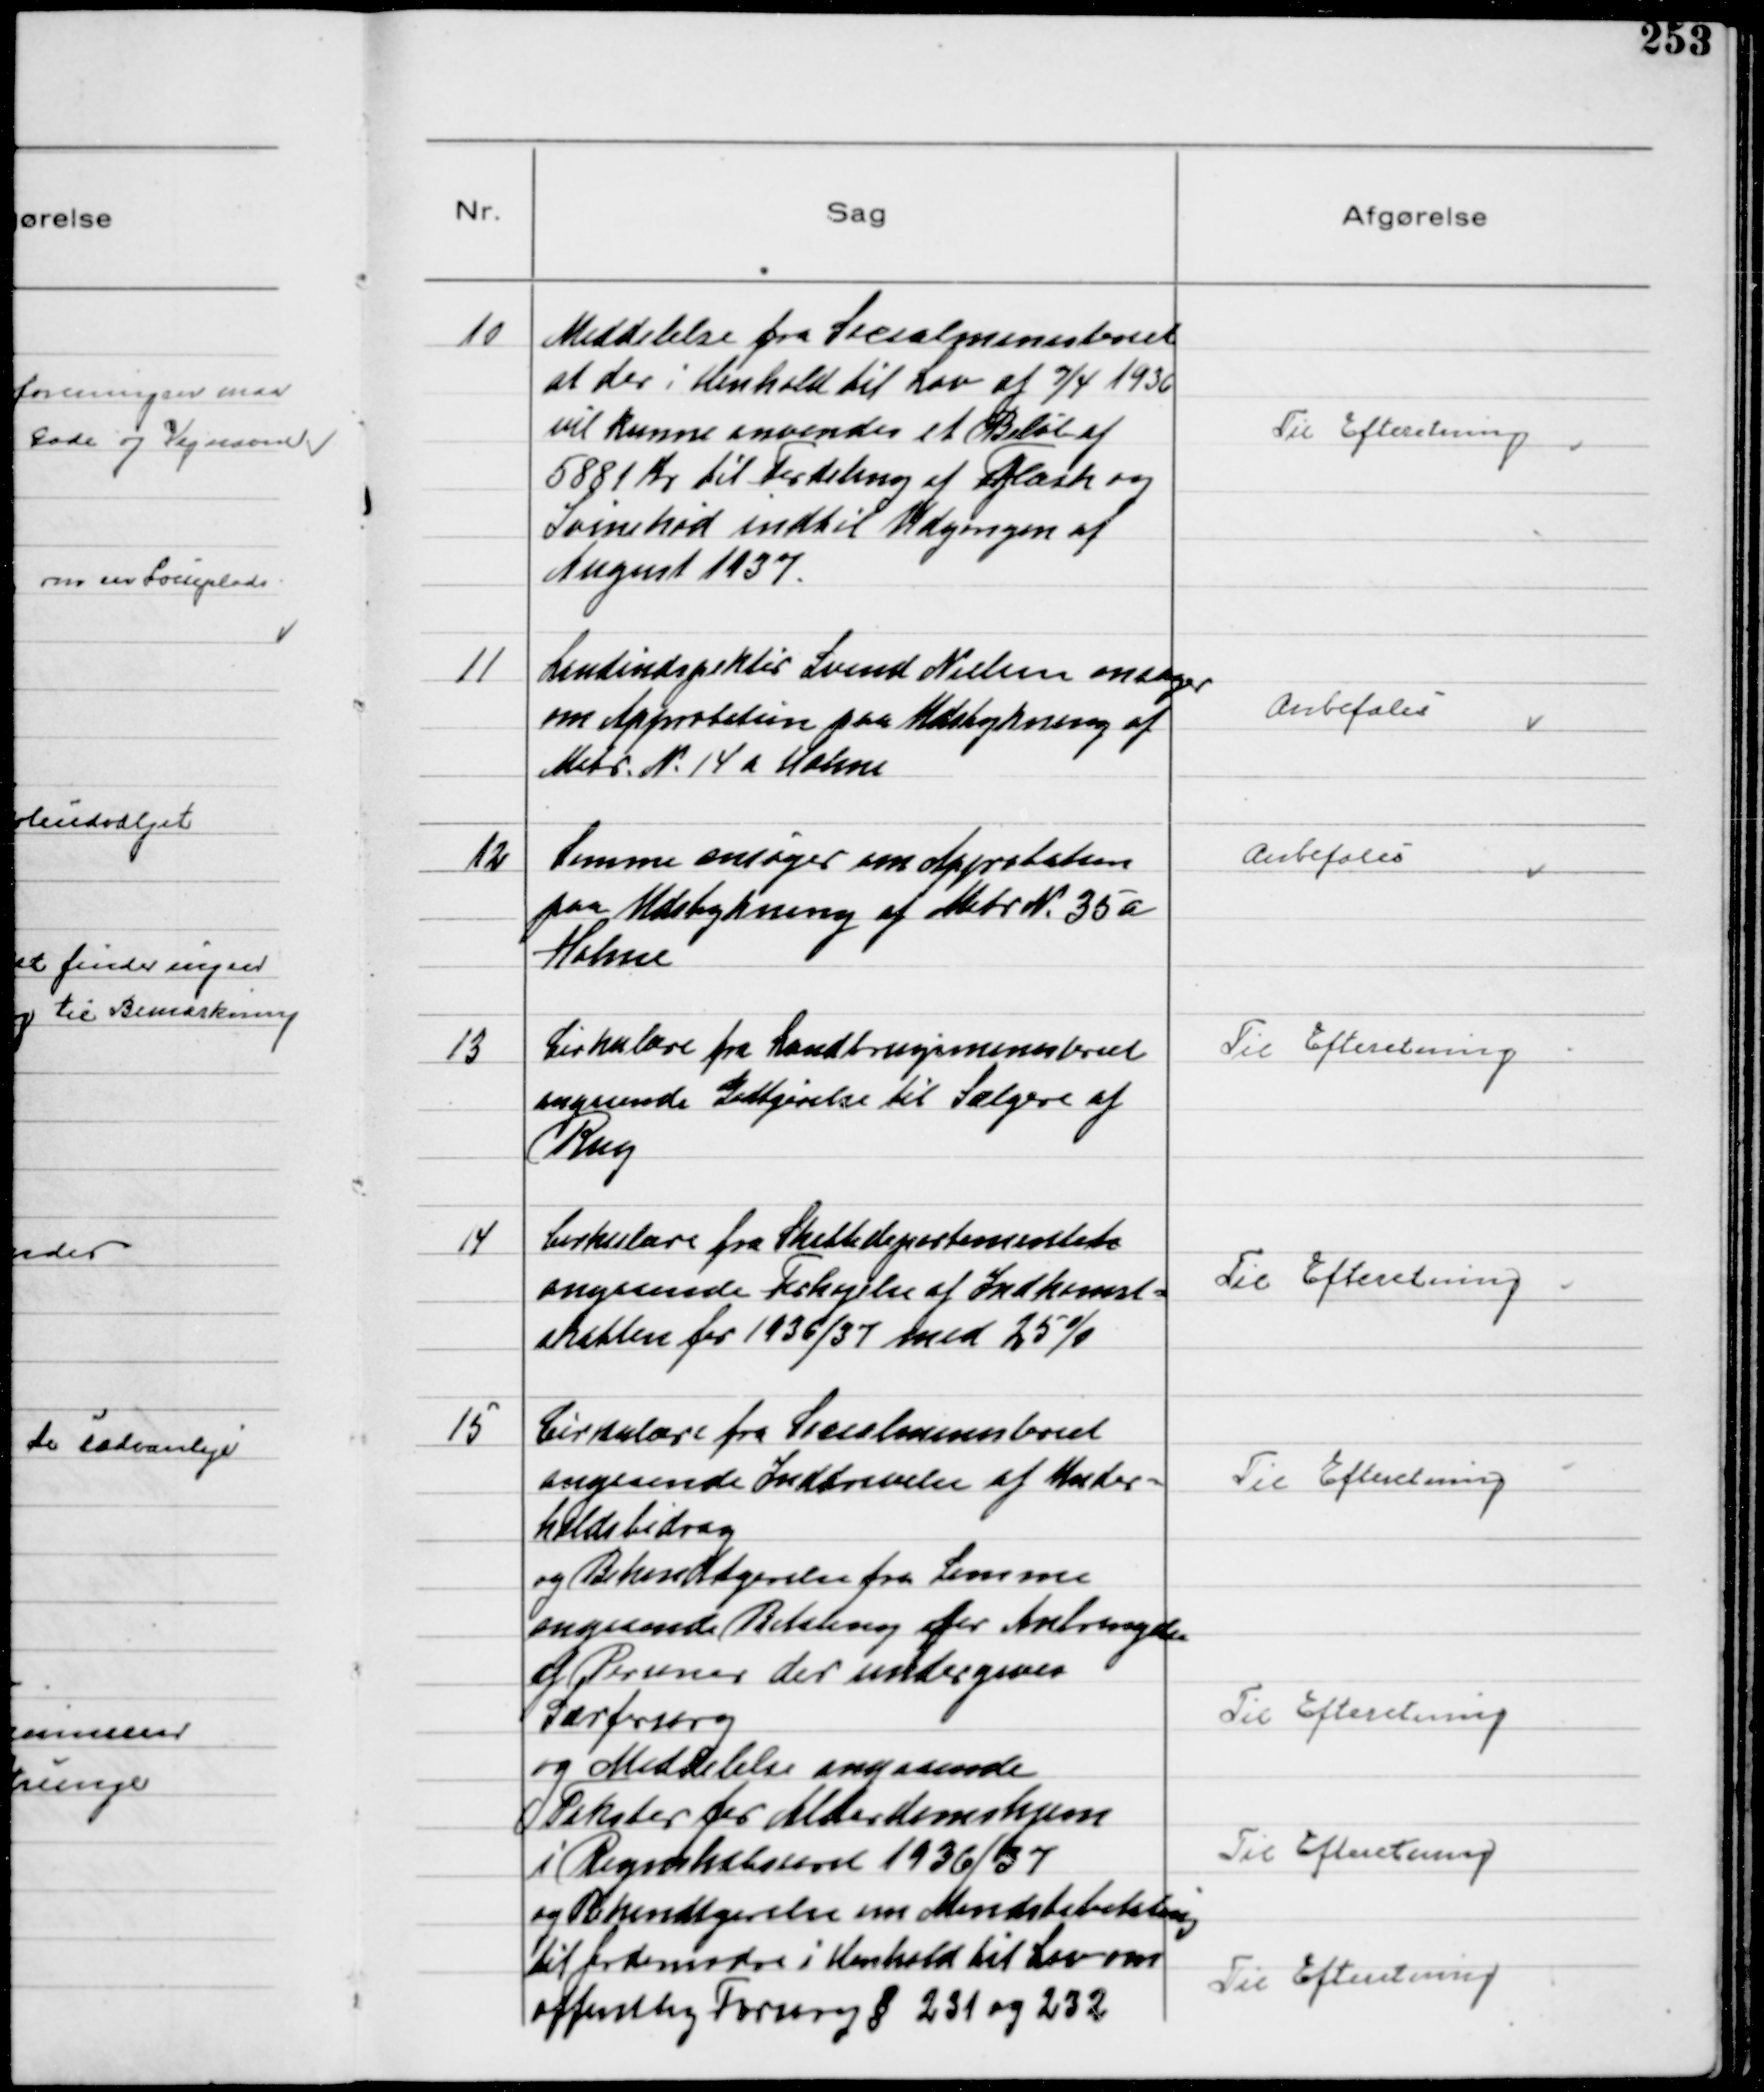
Transskription:
10
Meddelelse fra Socialministeriet
at der i Henhold til Lov af 7/4 1936
vil kunne anvendes et Beløb af
5881 Kr til Fordeling af Flæsk og
Svinekød indtil Udgangen af
August 1937

Til Efteretning

11
Landindspektør Svend Nielsen ansøger
om Approbation paa Udstykning af 
Matr. N. 14 a Holme

Anbefales

12
Samme ansøger om Approbation
paa Udstykning af Matr N. 35a
Holme

Anbefales

13
Cirkulære fra Landbrugsministeriet
angaaende Godtgørelse til Sælgere af
Rug

Til Efteretning

14
Cirkulære fra Skattedepartementet
angaaende Forhøjelse af Indkomst-
skatten for 1936/37 med 25%

Til Efteretning

15
Cirkulære fra Socialministeriet
angaaende Inddrivelse af Under-
holdsbidrag
og Bekendtgørelse fra Samme
angaaende Betaling for Anbringelse
af Personer der undergives
Særforsorg
og Meddelelse angaaende
Takster for Alderdomshjem
i Regnskabsaaret 1936/37
og Bekendtgørelse om Mindstebetaling
til Jordemødre i Henhold til Lov om
offentlig Forsorg § 231 og 232

Til Efteretning

Til Efteretning

Til Efteretning

Til Efteretning